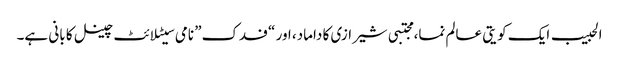
الحبیب ایک کویتی عالم نما، مجتبی شیرازی کا داماد، اور “فدک” نامی سیٹلائٹ چینل کا بانی ہے۔